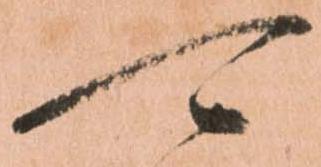
可